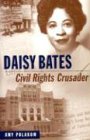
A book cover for Daisy Bates: Civil Rights Crusader; Amy Polakow; Teen & Young Adult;